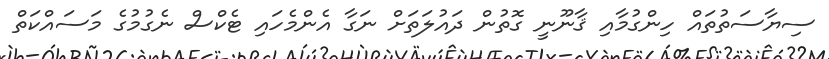
ސިޔާސަތުތައް ހިންގުމާއި ޤާނޫނީ ގޮތުން ދައުލަތަށް ނަގާ އެންމެހައި ޓެކްސް ނެގުމުގެ މަސައްކަތް